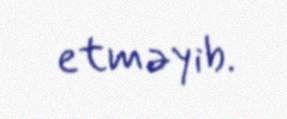
etməyib.